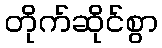
တိုက်ဆိုင်စွာ